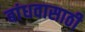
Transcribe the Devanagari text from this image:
बांधवासाठी